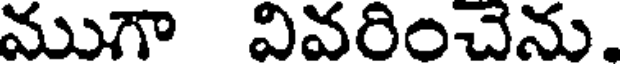
ముగా వివరించెను.